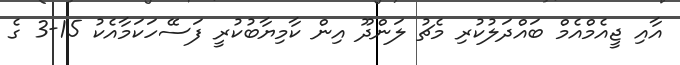
އާއި ޖީއެމްއެމް ބައްދަލުކުރި މެޗު ލަންދޫ އިން ކާމިޔާބުކުރީ ފަސޭހަކަމާއެކު 15-3 ގެ